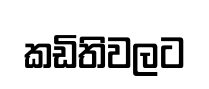
කඩිතිවලට